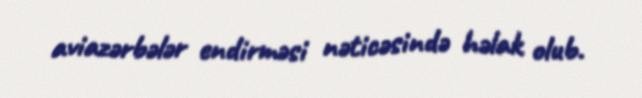
aviazərbələr endirməsi nəticəsində həlak olub.